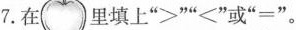
7.在 里填上”>””<”或”=”。